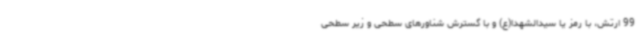
99 ارتش، با رمز یا سیدالشهدا(ع) و با گسترش شناورهای سطحی و زیر سطحی